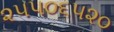
૨૫૫૦૬૫૨૦